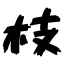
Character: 枝